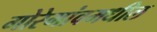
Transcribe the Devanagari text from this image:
गोरेगांवमधील